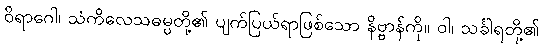
ဝိရာဂေါ၊ သံကိလေသဓမ္ပတို့၏ ပျက်ပြယ်ရာဖြစ်သော နိဗ္ဗာန်ကို။ ဝါ၊ သင်္ခါရတို့၏